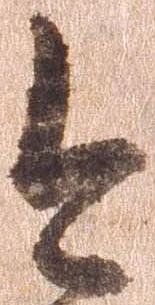
今